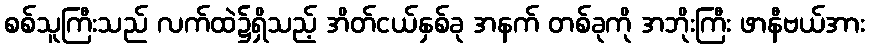
စစ်သူကြီးသည် လက်ထဲ၌ရှိသည့် အိတ်ငယ်နှစ်ခု အနက် တစ်ခုကို အဘိုးကြီး ဖာနီဗယ်အား